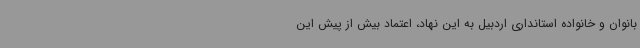
بانوان و خانواده استانداری اردبیل به این نهاد، اعتماد بیش از پیش این